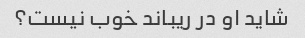
شاید او در ریباند خوب نیست؟